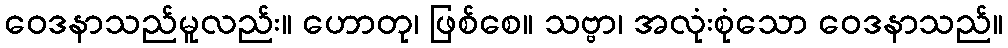
ဝေဒနာသည်မူလည်း။ ဟောတု၊ ဖြစ်စေ။ သဗ္ဗာ၊ အလုံးစုံသော ဝေဒနာသည်။